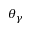
\theta _ { \gamma }